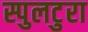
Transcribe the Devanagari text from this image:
स्पुलटुरा